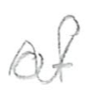
Text: of
Cross-out: wave
Writing tool: pencil